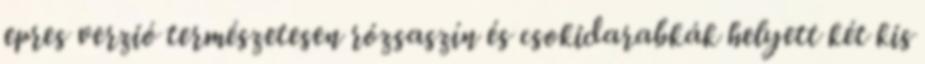
epres verzió természetesen rózsaszín és csokidarabkák helyett két kis